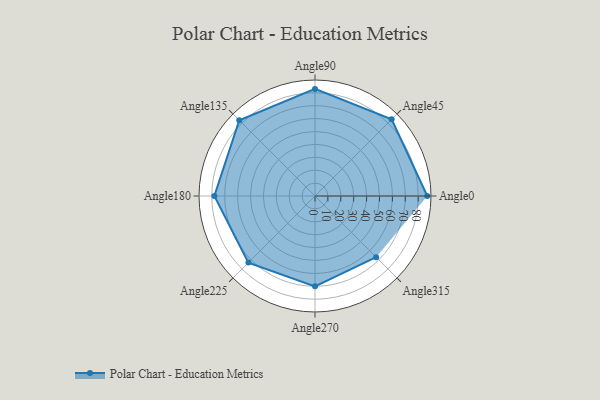
{"axis": {"x": "Angle", "y": "Radius"}, "legend": [""], "data": [{"x": "Angle0", "y": 87.0, "type": ""}, {"x": "Angle45", "y": 84.0, "type": ""}, {"x": "Angle90", "y": 83.0, "type": ""}, {"x": "Angle135", "y": 83.0, "type": ""}, {"x": "Angle180", "y": 78.0, "type": ""}, {"x": "Angle225", "y": 73.0, "type": ""}, {"x": "Angle270", "y": 70.0, "type": ""}, {"x": "Angle315", "y": 67.0, "type": ""}]}